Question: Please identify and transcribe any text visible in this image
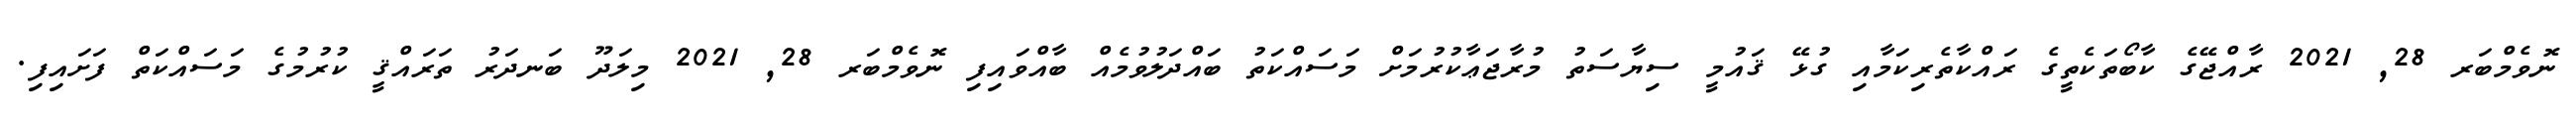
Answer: ނޮވެމްބަރ 28, 2021 ރާއްޖޭގެ ކާބޯތަކެތީގެ ރައްކާތެރިކަމާއި ގުޅޭ ޤައުމީ ސިޔާސަތު މުރާޖަޢާކުރުމަށް މަސައްކަތު ބައްދަލުވުމެއް ބާއްވައިފި ނޮވެމްބަރ 28, 2021 މިލަދޫ ބަނދަރު ތަރައްޤީ ކުރުމުގެ މަސައްކަތް ފަށައިފި.